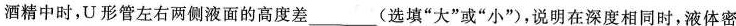
酒精中时，U形管左右两侧液面的高度差___(选填“大”或“小”)，说明在深度相同时，液体密